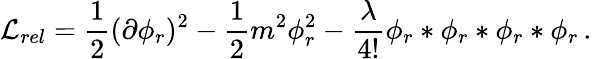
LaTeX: {\cal L}_{rel}=\frac{1}{2}(\partial\phi_{r})^{2}-\frac{1}{2}m^{2}\phi_{r}^{2}-\frac{\lambda}{4!}\phi_{r}*\phi_{r}*\phi_{r}*\phi_{r}\, .